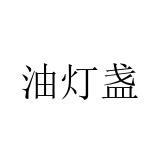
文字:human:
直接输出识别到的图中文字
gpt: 油灯盏